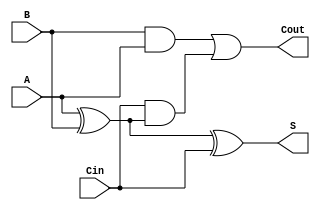
// Copyright (C) 2020  Intel Corporation. All rights reserved.
// Your use of Intel Corporation's design tools, logic functions 
// and other software and tools, and any partner logic 
// functions, and any output files from any of the foregoing 
// (including device programming or simulation files), and any 
// associated documentation or information are expressly subject 
// to the terms and conditions of the Intel Program License 
// Subscription Agreement, the Intel Quartus Prime License Agreement,
// the Intel FPGA IP License Agreement, or other applicable license
// agreement, including, without limitation, that your use is for
// the sole purpose of programming logic devices manufactured by
// Intel and sold by Intel or its authorized distributors.  Please
// refer to the applicable agreement for further details, at
// https://fpgasoftware.intel.com/eula.

// PROGRAM		"Quartus Prime"
// VERSION		"Version 20.1.1 Build 720 11/11/2020 SJ Lite Edition"
// CREATED		"Wed Dec 22 17:49:16 2021"

module FA(
	A,
	B,
	Cin,
	S,
	Cout
);


input wire	A;
input wire	B;
input wire	Cin;
output wire	S;
output wire	Cout;

wire	SYNTHESIZED_WIRE_4;
wire	SYNTHESIZED_WIRE_2;
wire	SYNTHESIZED_WIRE_3;




assign	SYNTHESIZED_WIRE_4 = A ^ B;

assign	S = SYNTHESIZED_WIRE_4 ^ Cin;

assign	SYNTHESIZED_WIRE_3 = Cin & SYNTHESIZED_WIRE_4;

assign	SYNTHESIZED_WIRE_2 = B & A;

assign	Cout = SYNTHESIZED_WIRE_2 | SYNTHESIZED_WIRE_3;


endmodule